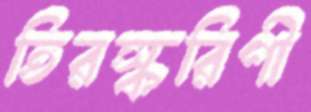
তিরস্করিণী